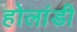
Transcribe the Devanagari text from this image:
होलांडी